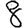
Digit: 8